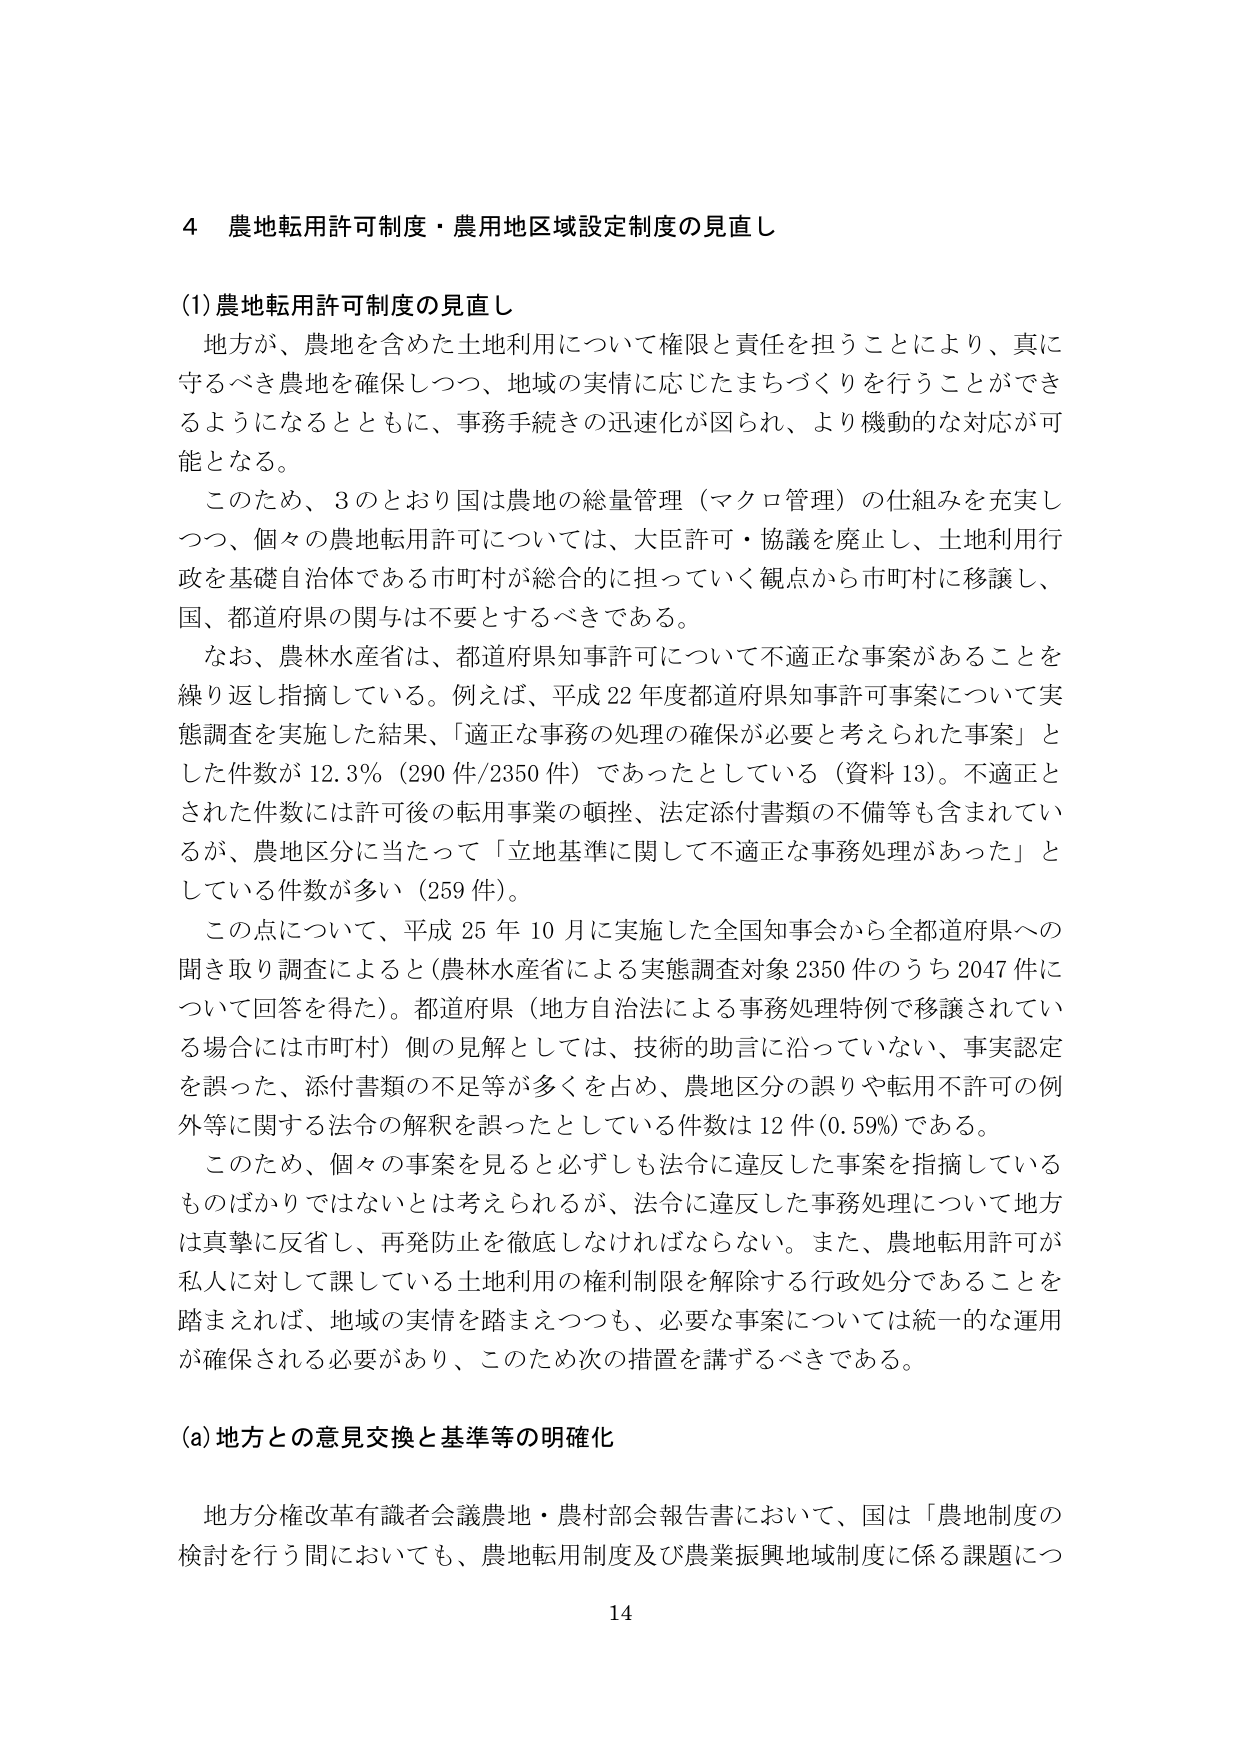
4 農地転用許可制度・農用地区域設定制度の見直し

(1)農地転用許可制度の見直し
地方が、農地を含めた土地利用について権限と責任を担うことにより、真に守るべき農地を確保しつつ、地域の実情に応じたまちづくりを行うことができるようになるとともに、事務手続きの迅速化が図られ、より機動的な対応が可能となる。
このため、3のとおり国は農地の総量管理（マクロ管理）の仕組みを充実しつつ、個々の農地転用許可については、大臣許可・協議を廃止し、土地利用行政を基礎自治体である市町村が総合的に担っていく観点から市町村に移譲し、国、都道府県の関与は不要とするべきである。
なお、農林水産省は、都道府県知事許可について不適正な事案があることを繰り返し指摘している。例えば、平成22年度都道府県知事許可事案について実態調査を実施した結果、「適正な事務の処理の確保が必要と考えられた事案」とした件数が12.3%（290件/2350件）であったとしている（資料13）。不適正とされた件数には許可後の転用事業の頓挫、法定添付書類の不備等も含まれているが、農地区分に当たって「立地基準に関して不適正な事務処理があった」としている件数が多い（259件）。
この点について、平成25年10月に実施した全国知事会から全都道府県への聞き取り調査によると（農林水産省による実態調査対象2350件のうち2047件について回答を得た）。都道府県（地方自治法による事務処理特例で移譲されている場合には市町村）側の見解としては、技術的助言に沿っていない、事実認定を誤った、添付書類の不足等が多くを占め、農地区分の誤りや転用不許可の例外等に関する法令の解釈を誤ったとしている件数は12件（0.59%）である。
このため、個々の事案を見ると必ずしも法令に違反した事案を指摘しているものばかりではないとは考えられるが、法令に違反した事務処理について地方は真摯に反省し、再発防止を徹底しなければならない。また、農地転用許可が私人に対して課している土地利用の権利制限を解除する行政処分であることを踏まえれば、地域の実情を踏まえつつも、必要な事案については統一的な運用が確保される必要があり、このため次の措置を講ずるべきである。

(a)地方との意見交換と基準等の明確化
地方分権改革有識者会議農地・農村部会報告書において、国は「農地制度の検討を行う間においても、農地転用制度及び農業振興地域制度に係る課題につ

14